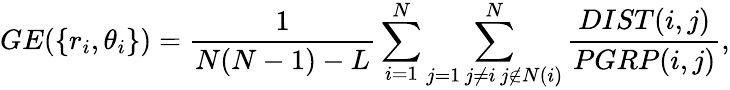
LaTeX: GE(\{ r_{i},\theta_{i}\} )=\frac{1}{N(N-1)-L}\sum_{i=1}^{N}\sum_{\substack{j=1\, j\neq i\, j\notin N(i)}}^{N}\frac{DIST(i,j)}{PGRP(i,j)},